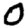
Digit: 0